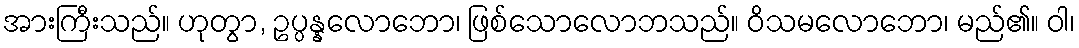
အားကြီးသည်။ ဟုတွာ, ဥပ္ပန္နလောဘော၊ ဖြစ်သောလောဘသည်။ ဝိသမလောဘော၊ မည်၏။ ဝါ၊